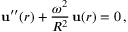
{ \bf u } ^ { \prime \prime } ( r ) + \frac { \omega ^ { 2 } } { R ^ { 2 } } \, { \bf u } ( r ) = 0 \, { , }